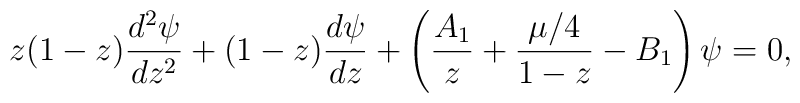
z(1-z) {{d^2 \psi} \over dz^2}+(1-z) {{d \psi} \over d z}+\left ( {A_1 \over z} +{{\mu/4} \over 1-z} -B_1 \right ) \psi=0,